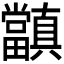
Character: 𭻺